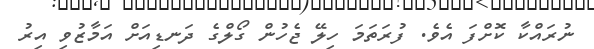
ނުރައްކާ ކޮށްފަ އެވެ. ފުރަތަމަ ހިލޭ ޖެހުން ގޯލްގެ ދަނޑިއަށް އަމާޒުވި އިރު